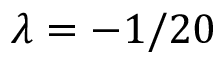
\lambda = - 1 / 2 0